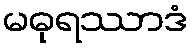
မဓုရဿာဒံ